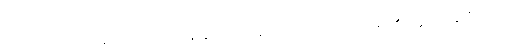
အကြောင်းကြောင့်။ ဇရာမရဏံ၊ အိုခြင်း သေခြင်းသည်။ ဟောတိ၊ ဖြစ်၏။ ဣတိ (ဧတံ ဧသော